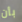
بأن